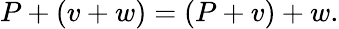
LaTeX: P+(v+w)=(P+v)+w.